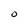
Character: 0